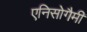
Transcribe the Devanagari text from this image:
एनिसोगैमी